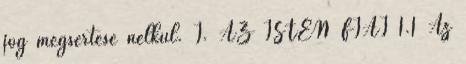
jog megsértése nélkül. I. AZ ISTEN FIAI 1.1 Az